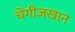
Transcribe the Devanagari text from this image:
चेंगीजखान